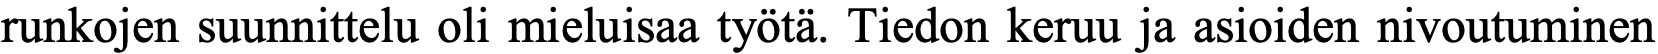
runkojen suunnittelu oli mieluisaa työtä. Tiedon keruu ja asioiden nivoutuminen